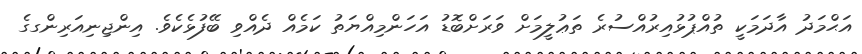
އަޙްމަދު އާދަމަކީ ތުއްޕުޅުއިރުއްސުރެ ތަޢުލީމަށް ވަރަށްބޮޑު އަހަންމިއްޔަތު ކަމެއް ދެއްވި ބޭފުޅެކެވެ. އިންޖިނިއަރިންގގެ